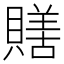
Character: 𧷶